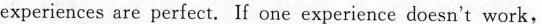
experiences are perfect. If one experience doesn't work,